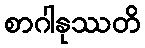
စာဂါနုဿတိ